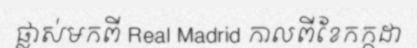
ផ្លាស់មកពី Real Madrid កាលពីខែកក្កដា